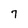
Character: 7